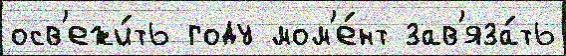
осв'ежи́ть году мом'е́нт зав'яза́ть